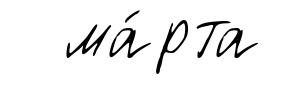
ма́рта